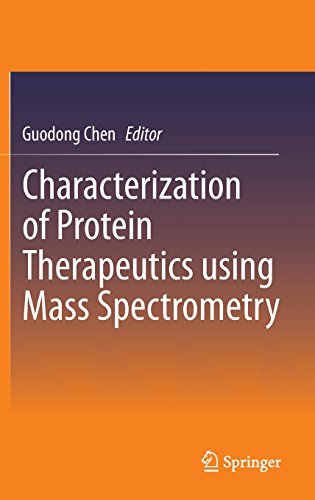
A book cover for Characterization of Protein Therapeutics using Mass Spectrometry; Science & Math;